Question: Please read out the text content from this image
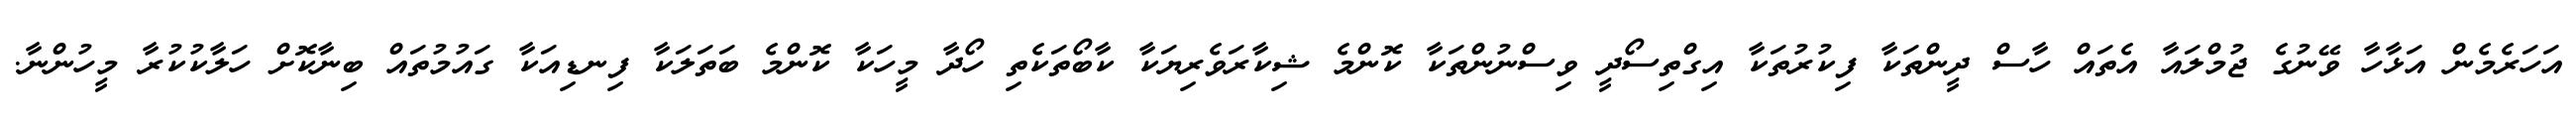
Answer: އަހަރެމެން އަޅާހާ ވޭނުގެ ޖުމްލައާ އެތައް ހާސް ދީންތަކާ ފިކުރުތަކާ އިގްތިސޯދީ ވިސްނުންތަކާ ކޮންމެ ޝިކާރަވެރިޔަކާ ކާބޯތަކެތި ހޯދާ މީހަކާ ކޮންމެ ބަތަލަކާ ފިނޑިއަކާ ގައުމުތައް ބިނާކޮށް ހަލާކުކުރާ މީހުންނާ.